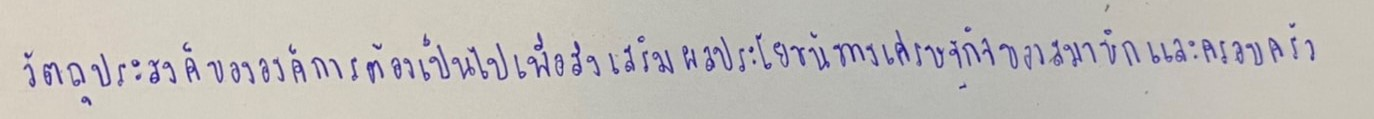
วัตถุประสงค์ขององค์การต้องเป็นไปเพื่อส่งเสริมผลประโยชน์ทางเศรษฐกิจของสมาชิกและครอบครัว